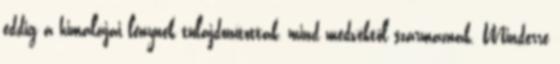
eddig a himalájai lénynek tulajdonítottak, mind medvéktől származnak. Minderre